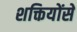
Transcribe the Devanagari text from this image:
शक्तियोंसे